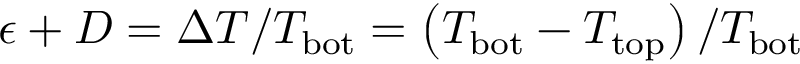
\epsilon + D = \Delta T / T _ { \mathrm { b o t } } = \left( T _ { \mathrm { b o t } } - T _ { \mathrm { t o p } } \right) / T _ { \mathrm { b o t } }